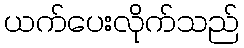
ယက်ပေးလိုက်သည်